Report on horse surra - Volume II, Part II
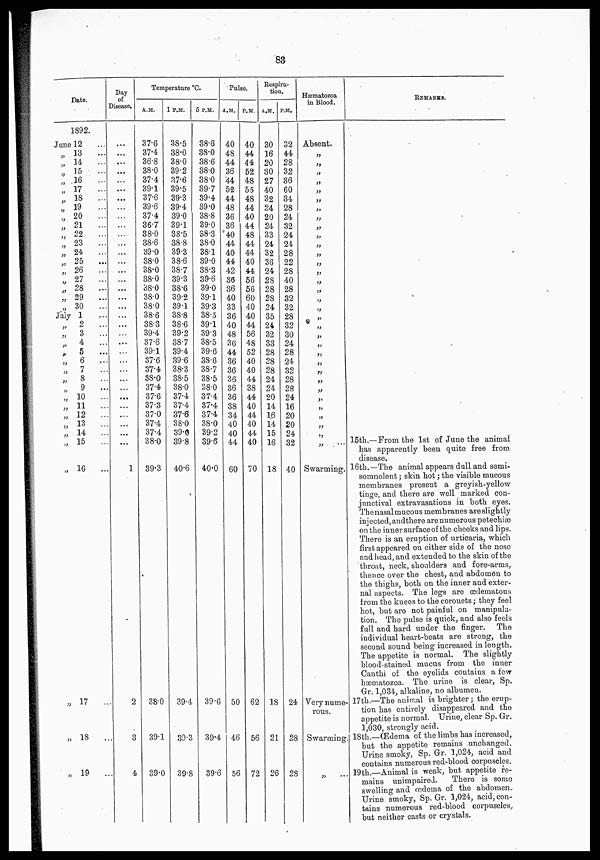
83
Date.
1892.
June 12
„ 13
...
„ 14
...
„ 15
...
„ 16
...
„ 17
...
„ 18 ...
„ 19
...
„ 20
...
„ 21
...
„ 22
...
„ 23
...
„ 24
...
„ 25
„ 26
...
„ 27
...
„ 28
...
„ 29
...
„ 30
...
July 1
...
„ 2
...
„
3
...
„ 4
...
„ 5
...
„
6
...
„
7
...
„
8
...
„
9
...
„
10
...
„ 11
...
„ 12
...
„ 13
...
„ 14 ...
„ 15
...
„ 16
...
„ 17
..
„ 18
..
„ 19
...
Day
of
Disease.
...
...
...
...
...
...
...
...
...
...
...
...
...
...
...
...
...
...
...
...
...
...
...
...
...
...
...
...
...
...
1
2
3
4
Temperature ºC.
A.M.
37.6
37.4
36.8
38.0
37.4
39.1
37.6
39.6
37.4
36.7
38.0
38.6
39.0
38.0
38.0
38.0
38.0
38.0
38.0
38.6
38.3
39.4
37.6
39.1
37.6
37.4
38.0
37.4
37.6
37.3
37.0
37.4
37.4
38.0
39.3
38.0
39.1
39.0
1 P.M.
38.5
38.0
38.0
39.2
37.6
39.5
39.3
39.4
39.0
39.1
38.5
38.8
39.3
38.6
38.7
39.3
38.6
39.2
39.1
38.8
38.6
39.2
38.7
39.4
39.6
38.3
38.5
38.0
37.4
37.4
37.6
38.0
39.0
39.8
40.6
39.4
39.3
39.8
5 P.M.
38.6
38.0
38.6
38.0
38.0
39.7
39.4
39.0
38.8
39.0
38.3
38.0
38.1
39.0
38.3
39.6
39.0
39.1
39.3
38.5
39.1
39.3
38.5
39.6
38.6
38.7
38.5
38.0
37.4
37.4
37.4
38.0
39.2
39.6
40.0
39.6
39.4
39.6
Pulse.
A.M.
40
48
44
36
44
52
44
48
36
36
40
44
40
44
42
36
36
40
33
36
40
48
36
44
36
36
36
36
36
38
34
40
40
44
60
50
46
56
P.M.
40
44
44
52
48
55
48
44
40
44
48
44
44
40
44
56
56
60
40
40
44
56
48
52
40
40
44
38
44
40
44
40
44
40
70
62
56
72
Respira-
tion.
A.M.
30
16
20
30
27
40
32
24
20
24
33
24
32
36
24
28
28
28
24
35
24
32
33
28
28
28
24
24
20
14
16
14
15
16
18
18
21
26
P.M.
32
44
28
32
36
60
34
28
24
32
24
24
28
22
28
40
28
32
32
28
32
30
24
28
24
32
28
28
24
16
20
20
24
32
40
24
28
28
Hæmatozoa
in Blood.
Absent.
„
„
„
„
„
„
„
„
„
„
„
„
„
„
„
„
„
„
„
„
„
„
„
„
„
„
„
„
„
„
„
„
„
Swarming.
Very nume-
rous.
Swarming
„
REMARKS.
15th.—From the 1st of June the animal
has apparently been quite free from
disease.
16th.—The animal appears dull and semi-
somnolent ; skin hot ; the visible mucous
membranes present a greyish-yellow
tinge, and there are well marked con-
junctival extravasations in both eyes.
The nasal mucous membranes are slightly
injected, and there are numerous petechiæ
on the inner surface of the cheeks and lips.
There is an eruption of urticaria, which
first appeared on either side of the nose
and head, and extended to the skin of the
throat, neck, shoulders and fore-arms,
thence over the chest, and abdomen to
the thighs, both on the inner and exter-
nal aspects. The legs are œdematous
from the knees to the coronets ; they feel
hot, but are not painful on manipula-
tion. The pulse is quick, and also feels
full and hard under the finger. The
individual heart-beats are strong, the
second sound being increased in length.
The appetite is normal. The slightly
blood-stained mucus from the inner
Canthi of the eyelids contains a few
hæmatozoa. The urine is clear, Sp.
Gr. 1,034, alkaline, no albumen.
17th.—The animal is brighter; the erup-
tion has entirely disappeared and the
appetite is normal. Urine, clear Sp. Gr.
1,030, strongly acid.
18th.—Œdema of the limbs has increased,
but the appetite remains unchanged.
Urine smoky, Sp. Gr. 1,024, acid and
contains numerous red-blood corpuscles.
19th.—Animal is weak, but appetite re-
mains unimpaired.
There is some
swelling and œdema of the abdomen.
Urine smoky, Sp. Gr. 1,024, acid, con-
tains numerous red-blood corpuscles,
but neither casts or crystals.